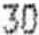
30